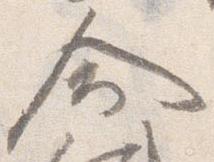
命